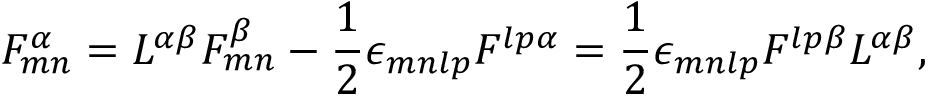
{ \cal F } _ { m n } ^ { \alpha } = { \cal L } ^ { \alpha \beta } F _ { m n } ^ { \beta } - { \frac { 1 } { 2 } } \epsilon _ { m n l p } F ^ { l p \alpha } = { \frac { 1 } { 2 } } \epsilon _ { m n l p } { \cal F } ^ { l p \beta } { \cal L } ^ { \alpha \beta } ,